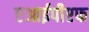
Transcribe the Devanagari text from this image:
एआईपीएफ